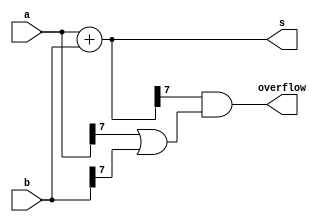
module top_module (
    input [7:0] a,
    input [7:0] b,
    output [7:0] s,
    output overflow
);

    reg [7:0] s;
    reg overflow;

    // Add a and b, and assign the result to s.
    assign s = a + b;

    // Check if the carry-out of bit 7 is set. If it is, then an overflow has occurred.
    assign overflow = (s[7] & (a[7] | b[7]));

endmodule